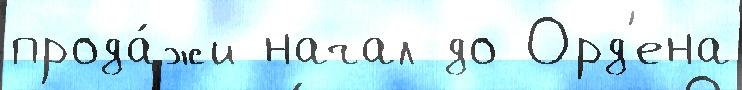
прода́жи начал до Орд'ена